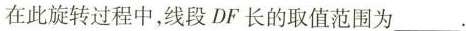
在此旋转过程中，线段DF长的取值范围为___.